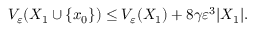
V _ { \varepsilon } ( X _ { 1 } \cup \{ x _ { 0 } \} ) \leq V _ { \varepsilon } ( X _ { 1 } ) + 8 \gamma \varepsilon ^ { 3 } | X _ { 1 } | .